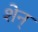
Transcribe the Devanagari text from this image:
शेन्